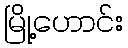
မြို့ဟောင်း